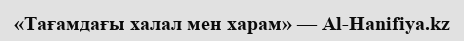
«Тағамдағы халал мен харам» — Al-Hanifiya.kz